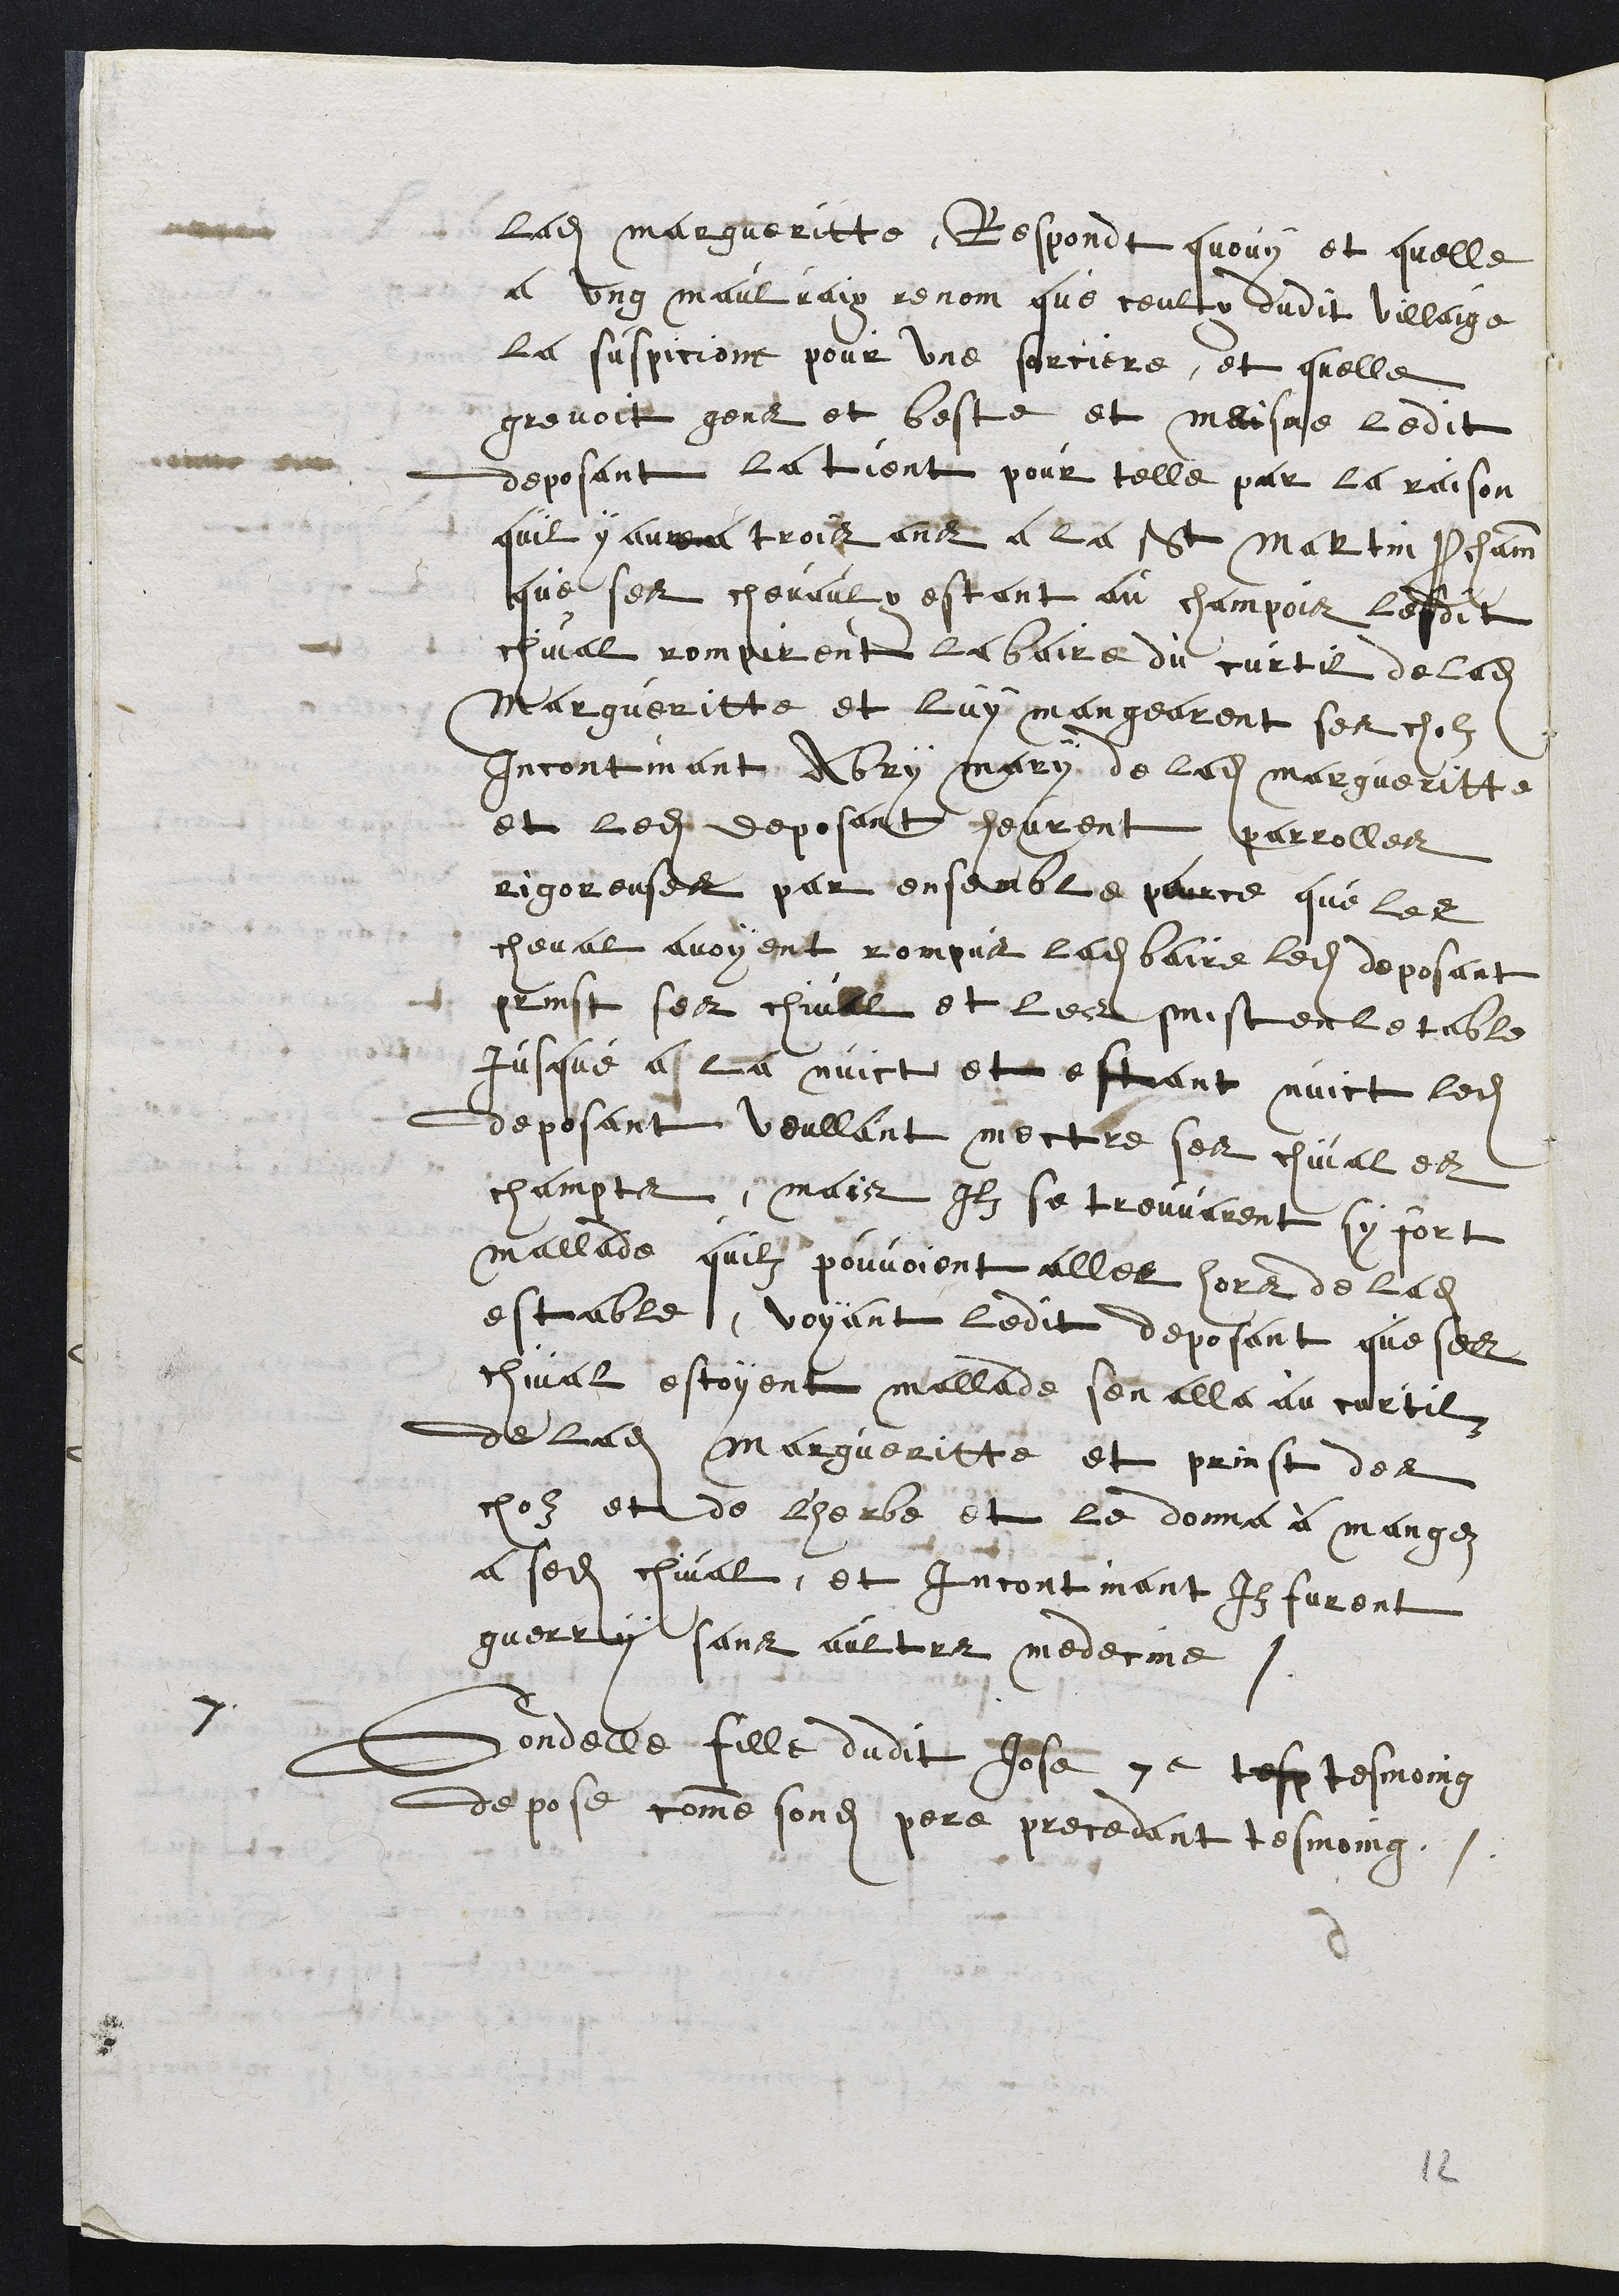
ladite Margueritte, Respondt quouy et quelle
a ung maulvaix renom que ceulx dudit Villaige
la suspicione pour une sorciere, et quelle
grevoit gens et beste et maisme ledit
deposant la tient pour telle par la raison
quil y avoit trois ans a la St Martin prochainne
que ses chevaulx estant au champois lesdit
chival rompirent la baire du curtil de ladite
Margueritte et luy mangearent ses cholz
incontinant Abry mary de ladite margueritte
et ledit deposant heurent parrolles
rigoreuses par ensemble parce que les
cheval avoyent rompus ladite baire ledit deposant
prinst ses chival et les mist en letable
jusque a la nuict et estant nuict ledit
deposant voullant mectre ses chival es
champts, mais ilz se trouvarent sy fort
mallade quilz pouvoient aller hors de ladite
estable, voyant ledit deposant que ses
chival estoyent mallade sen alla au cortil
de ladite Margueritte et prinst des
cholz et de l'herbe et le donna à mangez
a sedit chival, et incontinant Ilz furent
guerry sans aultres medecine.
7
Gondelle fille dudit Jose 7e test tesmoing
depose comme sondit pere precedant tesmoing